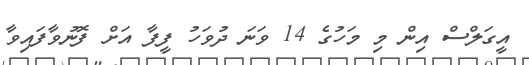
އީގަލްސް އިން މި މަހުގެ 14 ވަނަ ދުވަހު ފީފާ އަށް ފޮނުވާފައިވާ